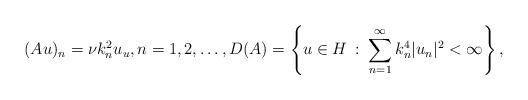
LaTeX: \begin{align*}(Au)_n =\nu k_n^2 u_u,n=1,2,\ldots,D(A)=\left\{ u\in H\, :\; \sum_{n=1}^\infty k_n^4 |u_n|^2<\infty\right\},\end{align*}